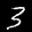
Label: 3